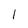
Character: 1